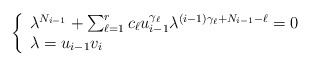
\begin{align*}\left\{\begin{array}{l}\lambda^{N_{i-1}}+\sum_{\ell=1}^{r} c_\ell u_{i-1}^{\gamma_\ell}\lambda^{(i-1)\gamma_\ell+N_{i-1}-\ell}=0 \\\lambda=u_{i-1}v_{i}\end{array}\right.\end{align*}